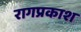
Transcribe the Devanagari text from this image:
रागप्रकाश